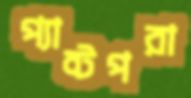
প্যান্টপরা